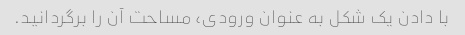
با دادن یک شکل به عنوان ورودی، مساحت آن را برگردانید.